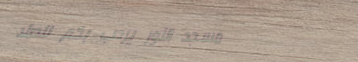
مسجد النور يرحب بكم للصلا